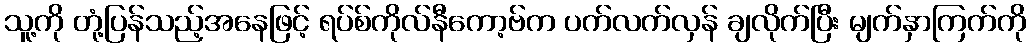
သူ့ကို တုံ့ပြန်သည့်အနေဖြင့် ရပ်စ်ကိုလ်နီကော့ဗ်က ပက်လက်လှန် ချလိုက်ပြီး မျက်နှာကြက်ကို